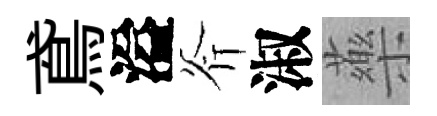
鳶溢斧淑藥